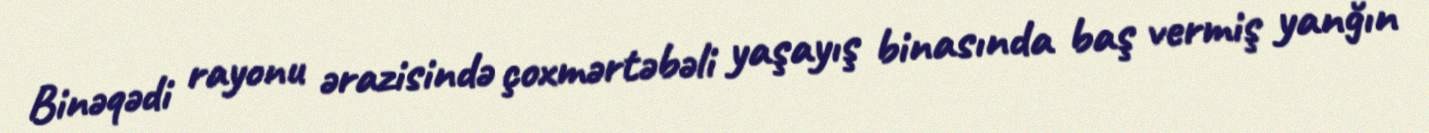
Binəqədi rayonu ərazisində çoxmərtəbəli yaşayış binasında baş vermiş yanğın